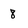
Character: 8